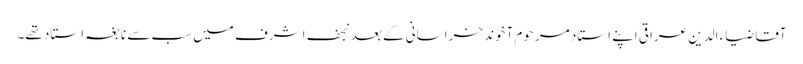
آقا ضیاء الدین عراقی اپنے استاد مرحوم آخوند خراسانی کے بعد نجف اشرف میں سب سے نابغہ استاد تھے۔